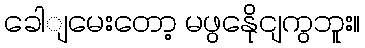
ခေါျမေးတော့ မဖွနေိုငျကွဘူး။